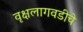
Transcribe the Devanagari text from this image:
वृक्षलागवडीचे